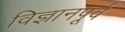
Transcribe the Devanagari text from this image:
विज्ञानपूर्व